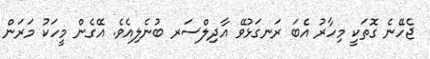
ޖެހޭނެ ގޮތަކީ މިހާރު އެބަ ރަނގަޅުވޭ އާދިލްސަރ ބުނެލިއެވެ. އޭގެން މީހަކު މަރަން